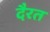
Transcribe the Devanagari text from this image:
दैरत